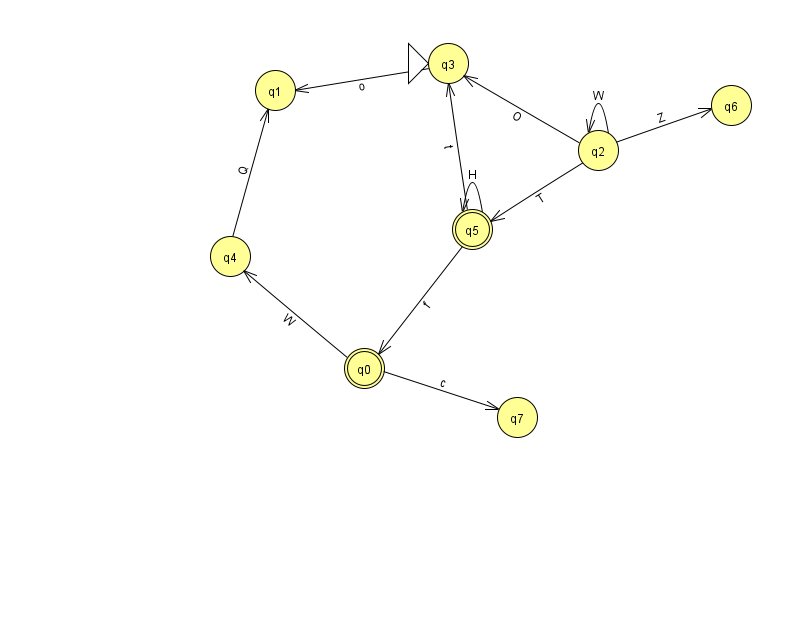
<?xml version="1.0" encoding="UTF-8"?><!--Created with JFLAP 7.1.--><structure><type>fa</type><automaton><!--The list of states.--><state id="0" name="q0"><x>364.0</x><y>355.0</y><final/></state><state id="1" name="q1"><x>275.0</x><y>77.0</y></state><state id="2" name="q2"><x>598.0</x><y>137.0</y></state><state id="3" name="q3"><x>448.0</x><y>50.0</y><initial/></state><state id="4" name="q4"><x>230.0</x><y>243.0</y></state><state id="5" name="q5"><x>472.0</x><y>216.0</y><final/></state><state id="6" name="q6"><x>731.0</x><y>92.0</y></state><state id="7" name="q7"><x>517.0</x><y>404.0</y></state><!--The list of transitions.--><transition><from>2</from><to>5</to><read>T</read></transition><transition><from>2</from><to>6</to><read>Z</read></transition><transition><from>2</from><to>3</to><read>O</read></transition><transition><from>3</from><to>1</to><read>o</read></transition><transition><from>5</from><to>0</to><read>f</read></transition><transition><from>4</from><to>1</to><read>Q</read></transition><transition><from>0</from><to>4</to><read>W</read></transition><transition><from>2</from><to>2</to><read>W</read></transition><transition><from>5</from><to>5</to><read>H</read></transition><transition><from>5</from><to>3</to><read>t</read></transition><transition><from>0</from><to>7</to><read>c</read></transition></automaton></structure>